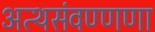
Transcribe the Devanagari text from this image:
अत्थसंवण्णणा